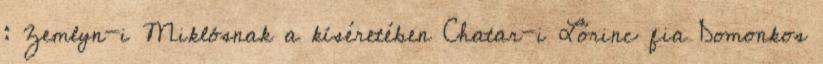
: Zemlyn-i Miklósnak a kíséretében Chatar-i Lőrinc fia Domonkos